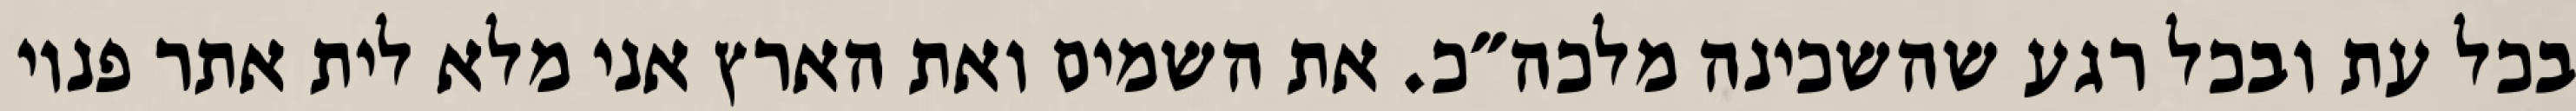
בכל עת ובכל רגע שהשכינה מלכה״כ. את השמים ואת הארץ אני מלא לית אתר פנוי